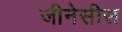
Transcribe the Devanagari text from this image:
जीनेसीस